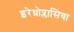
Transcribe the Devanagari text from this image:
इरेथ्रोप्लासिया